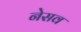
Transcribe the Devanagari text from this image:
नेसव